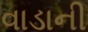
વાડાની